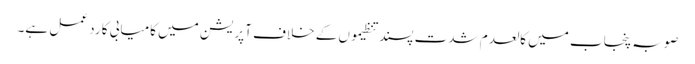
صوبہ پنجاب میں کالعدم شدت پسند تنظیموں کے خلاف آپریشن میں کامیابی کا رد عمل ہے۔